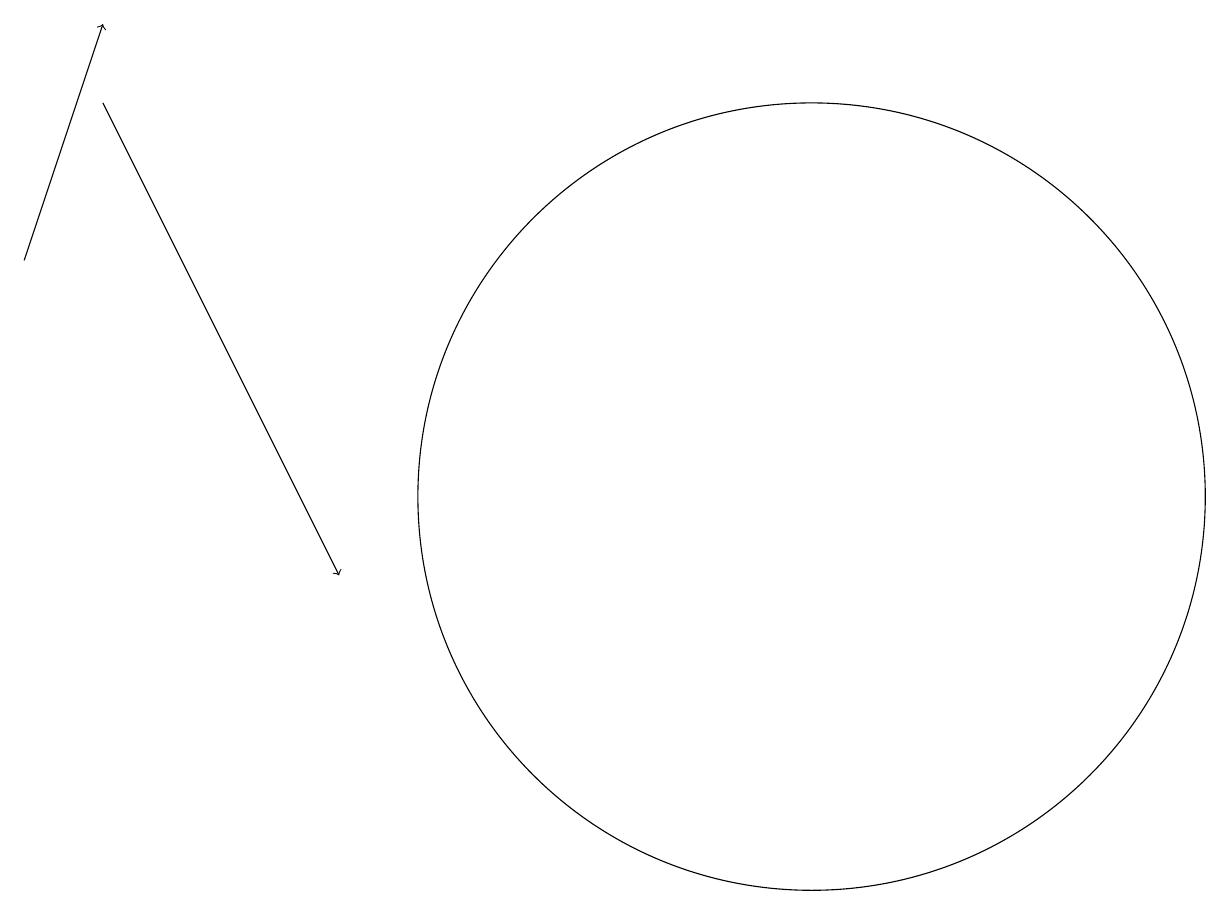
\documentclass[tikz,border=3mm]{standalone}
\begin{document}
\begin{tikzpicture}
\draw[->] (0,15) -- (1,18);
\draw (10,12) circle (5);
\draw[->] (1,17) -- (4,11);
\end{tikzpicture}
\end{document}